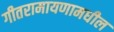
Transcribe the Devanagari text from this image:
गीतरामायणामधील